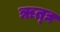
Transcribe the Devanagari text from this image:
ॠत्द्य